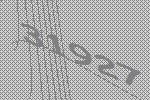
31927